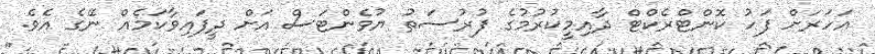
އަހަރަށް ފަހު ކޮންޓްރެކްޓް ދާއިމީކުރުމުގެ ފުރުސަތު ޔުވެންޓަސް އަށް ދީފައިވާކަމެއް ނޭގެ އެވެ.